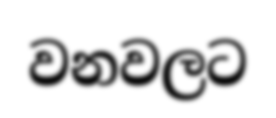
වනවලට